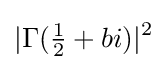
|\Gamma ({\tfrac {1}{2}}+bi)|^{2}